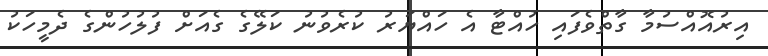
އިރުއޮއްސުމާ ގާތްވެފައި ހުއްޓާ އެ ހައްޔަރު ކުރެވުނު ކަލޭގެ ގެއަށް ފުލުހުންގެ ދެމީހަކު